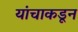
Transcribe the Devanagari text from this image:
यांचाकडून